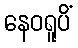
နေဝရူပိံ